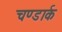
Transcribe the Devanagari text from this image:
चण्डार्क